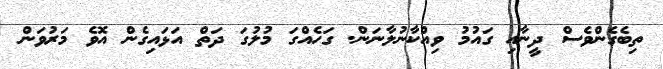
ތިބެގެންވެސް ދީނާއި ގައުމު ވިއްކާނުލާނަން. ގަހެއްގަ މުލުގަ ދަތް އަޅައިގެން އޮވެ މަރުވަން